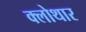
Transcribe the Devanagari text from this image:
क्लोथार